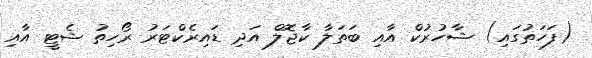
(ފަހަތުގައި) ޝާހުރުކް އާއި ބަތަލާ ކާޖޮލް އަދި ޑައިރެކްޓަރު ރޯހިތު ޝެޓީ އާއި